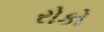
રોકો